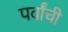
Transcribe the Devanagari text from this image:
पर्वांची